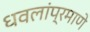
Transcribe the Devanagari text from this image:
धवलांप्रमाणे